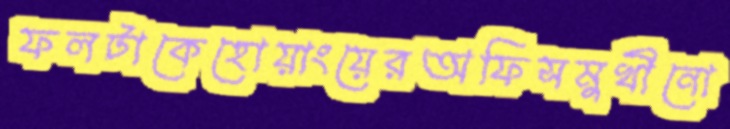
ফলটাকেহোয়াংয়েরঅফিসমুখীনো